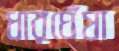
ধারঘেঁষা